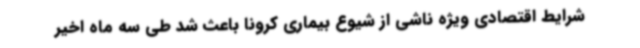
شرایط اقتصادی ویژه ناشی از شیوع بیماری کرونا باعث شد طی سه ماه اخیر